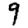
Digit: 9